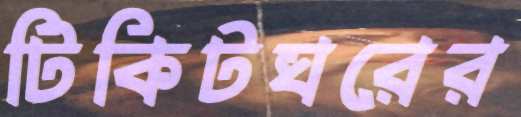
টিকিটঘরের